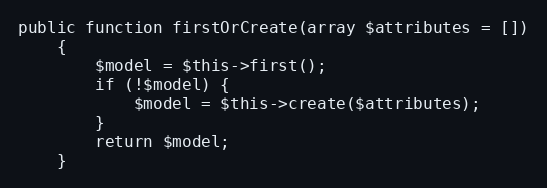
Language: PHP
public function firstOrCreate(array $attributes = [])
    {
        $model = $this->first();
        if (!$model) {
            $model = $this->create($attributes);
        }
        return $model;
    }